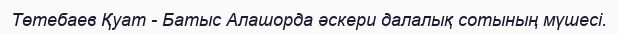
Төтебаев Қуат - Батыс Алашорда әскери далалық сотының мүшесі.